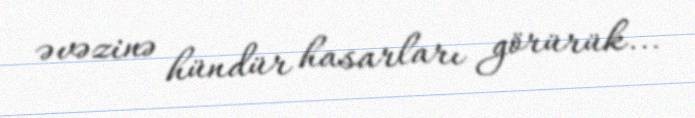
əvəzinə hündür hasarları görürük...